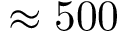
\approx 5 0 0